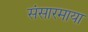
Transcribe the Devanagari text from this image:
संसारमाया